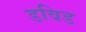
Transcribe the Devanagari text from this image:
डविड